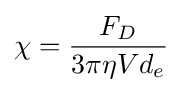
\chi ={\frac {F_{D}}{3\pi \eta Vd_{e}}}